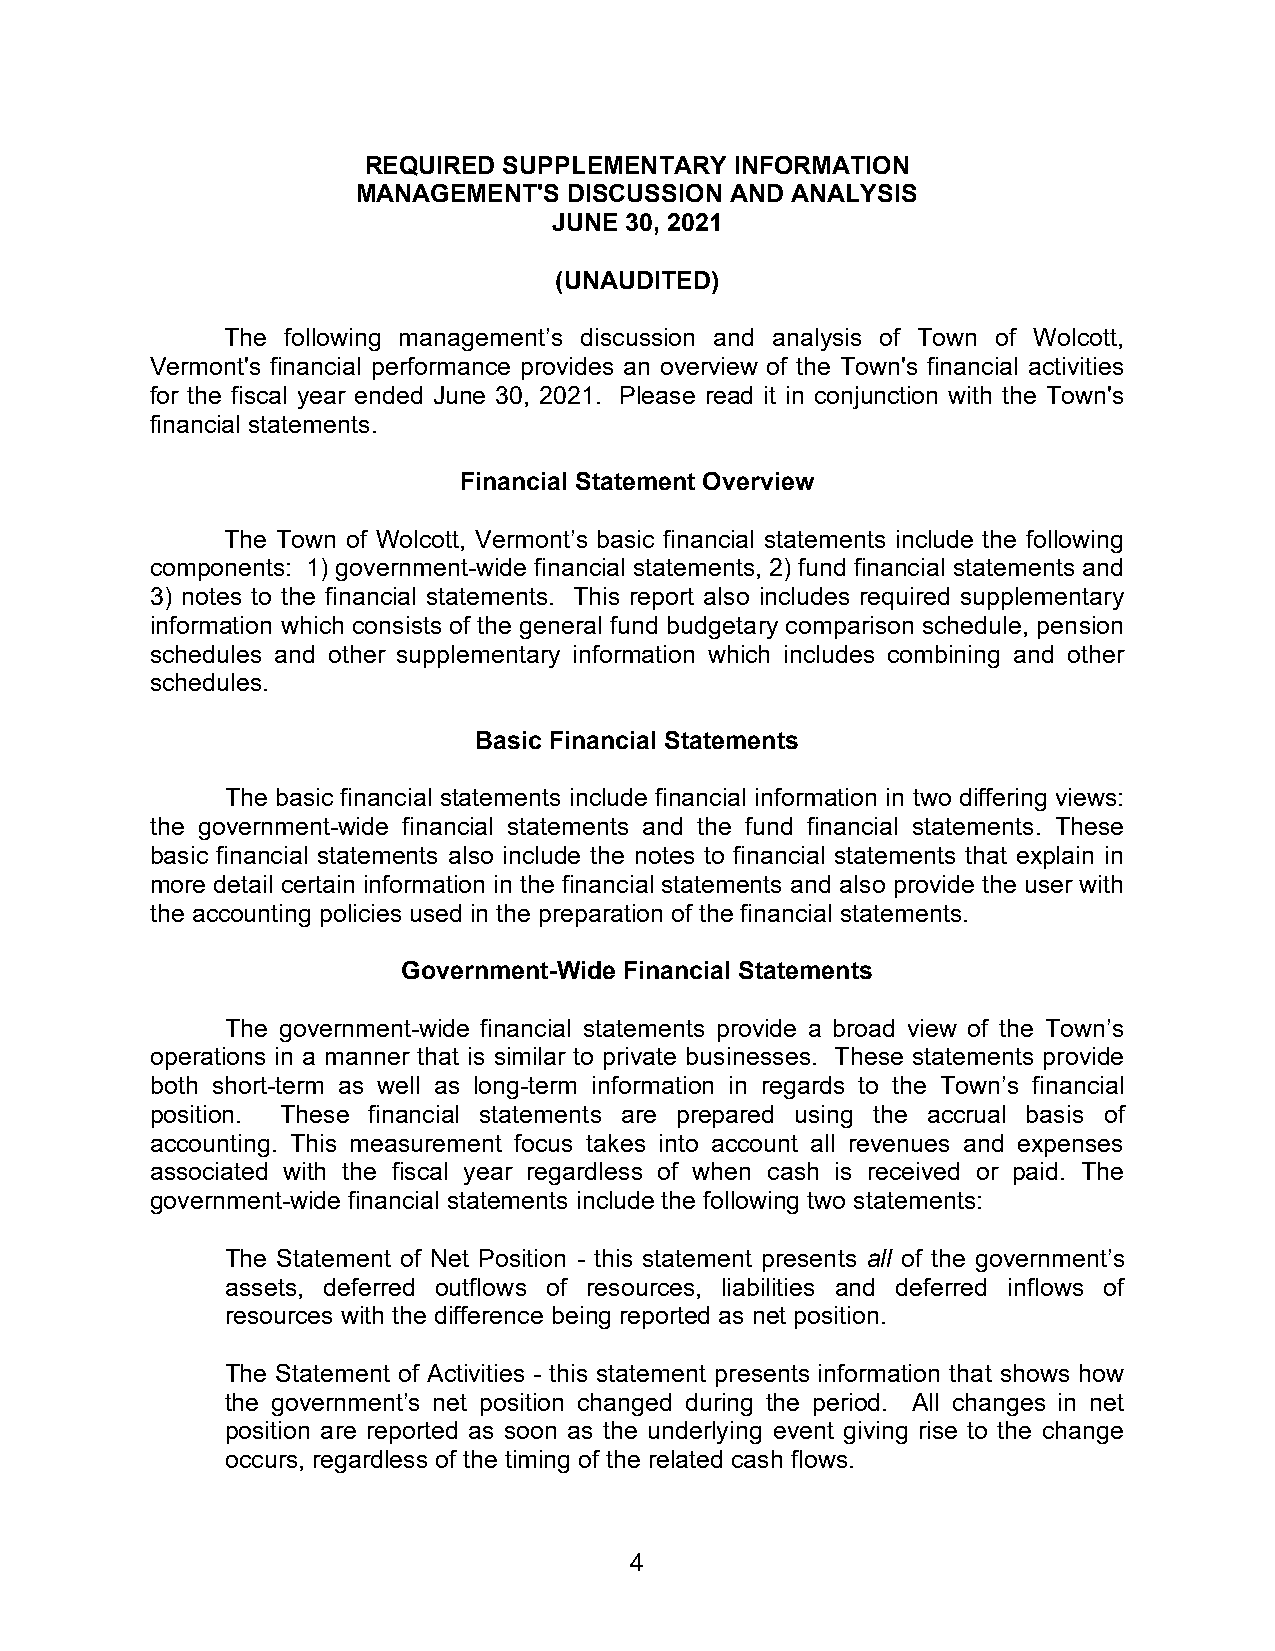
REQUIRED SUPPLEMENTARY   INFORMATION
 MANAGEMENT'S  DISCUSSION AND ANALYSIS
 JUNE 30, 2021
 (UNAUDITED)
 The following management’s discussion and analysis of Town of Wolcott,
 Vermont's financial performance provides an overview of the Town's financial activities
 for the fiscal year ended June 30, 2021. Please read it in conjunction with the Town's
 financial statements.
 Financial Statement Overview
 The Town of Wolcott, Vermont’s basic financial statements include the following
 components: 1) government-wide financial statements, 2) fund financial statements and
 3) notes to the financial statements. This report also includes required supplementary
 information which consists of the general fund budgetary comparison schedule, pension
 schedules and other supplementary information which includes combining and other
 schedules.
 Basic Financial Statements
 The basic financial statements include financial information in two differing views:
 the government-wide financial statements and the fund financial statements. These
 basic financial statements also include the notes to financial statements that explain in
 more detail certain information in the financial statements and also provide the user with
 the accounting policies used in the preparation of the financial statements.
 Government-Wide Financial Statements
 The government-wide financial statements provide a broad view of the Town’s
 operations in a manner that is similar to private businesses. These statements provide
 both short-term as well as long-term information in regards to the Town’s financial
 position. These financial statements are prepared using the accrual basis of
 accounting. This measurement focus takes into account all revenues and expenses
 associated with the fiscal year regardless of when cash is received or paid. The
 government-wide financial statements include the following two statements:
 The Statement of Net Position - this statement presents all of the government’s
 assets, deferred outflows of resources, liabilities and deferred inflows of
 resources with the difference being reported as net position.
 The Statement of Activities - this statement presents information that shows how
 the government’s net position changed during the period. All changes in net
 position are reported as soon as the underlying event giving rise to the change
 occurs, regardless of the timing of the related cash flows.
 4